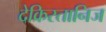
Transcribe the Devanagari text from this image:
देक्रिस्तानिज